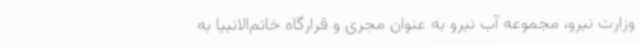
وزارت نیرو، مجموعه آب نیرو به عنوان مجری و قرارگاه خاتم‌الانبیا به